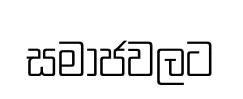
සමාජවලට